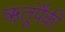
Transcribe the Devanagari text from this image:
ऋतूंपैकी